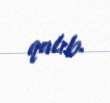
qalıb.